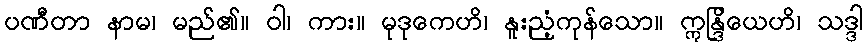
ပဏီတာ နာမ၊ မည်၏။ ဝါ၊ ကား။ မုဒုကေဟိ၊ နူးညံ့ကုန်သော။ ဣန္ဒြိယေဟိ၊ သဒ္ဒါ